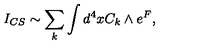
I _ { C S } \sim \sum _ { k } \int d ^ { 4 } x C _ { k } \wedge e ^ { F } ,